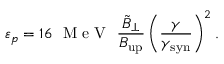
\varepsilon _ { p } = 1 6 ~ \textrm { M e V } ~ \frac { \tilde { B } _ { \perp } } { B _ { \mathrm { u p } } } \left( \frac { \gamma } { \gamma _ { \mathrm { s y n } } } \right) ^ { 2 } .